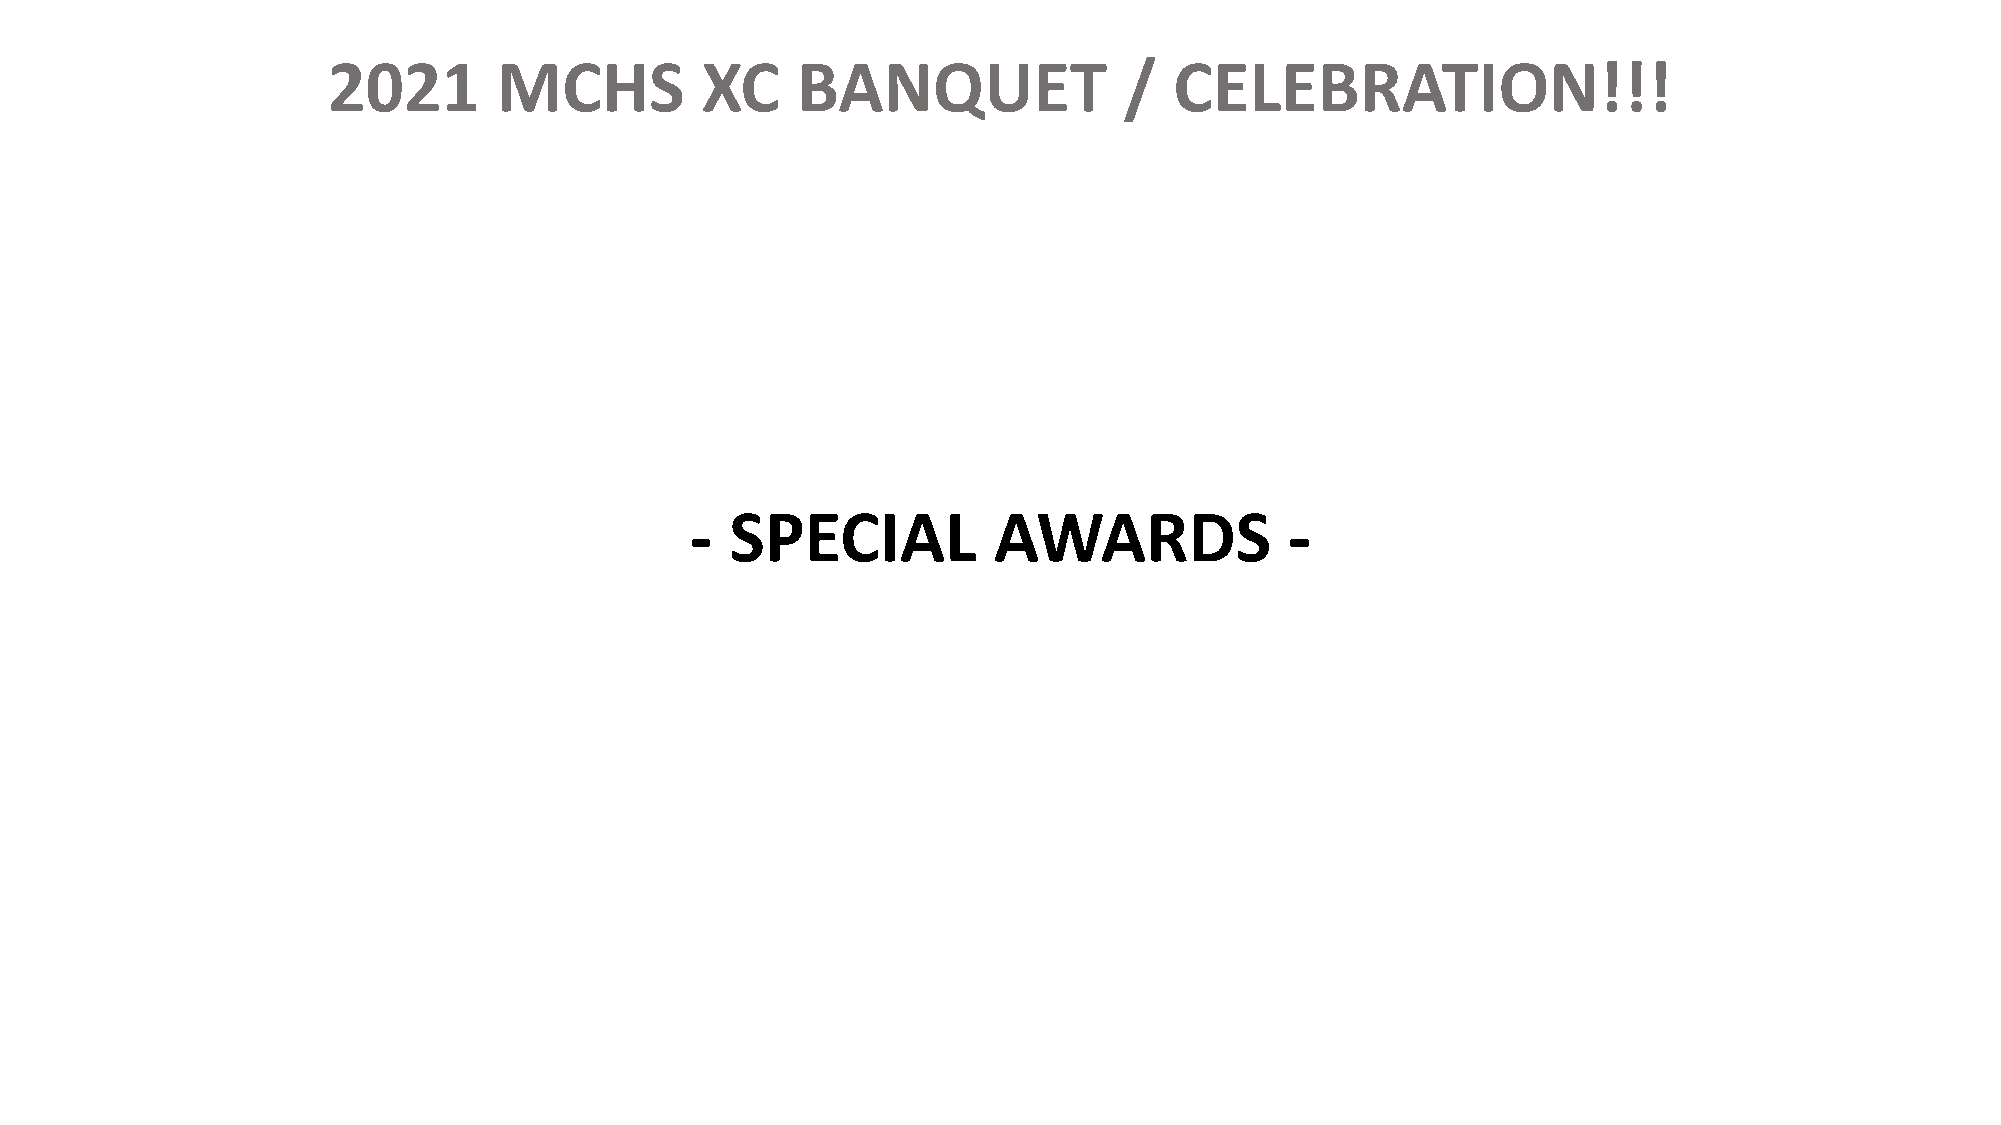
2021       MCHS         XC     BANQUET              /   CELEBRATION!!!
 - SPECIAL           AWARDS             -